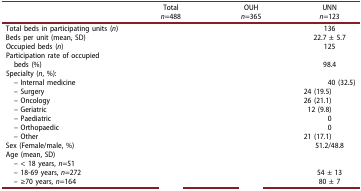
<table><thead><tr><td>[EMPTY_CELL]</td><td><b>Total<i>n</i>=488</b></td><td><b>OUH<i>n</i>=365</b></td><td><b>UNN<i>n</i>=123</b></td></tr></thead><tbody><tr><td>Total beds in participating units (<i>n</i>)</td><td>[EMPTY_CELL]</td><td>[EMPTY_CELL]</td><td>136</td></tr><tr><td>Beds per unit (mean, SD)</td><td>[EMPTY_CELL]</td><td>[EMPTY_CELL]</td><td>22.7 ± 5.7</td></tr><tr><td>Occupied beds (<i>n</i>)</td><td>[EMPTY_CELL]</td><td>[EMPTY_CELL]</td><td>125</td></tr><tr><td>Participation rate of occupied</td><td>[EMPTY_CELL]</td><td>[EMPTY_CELL]</td><td>[EMPTY_CELL]</td></tr><tr><td> beds (%)</td><td>[EMPTY_CELL]</td><td>[EMPTY_CELL]</td><td>98.4</td></tr><tr><td>Specialty (<i>n</i>, %):</td><td>[EMPTY_CELL]</td><td>[EMPTY_CELL]</td><td>[EMPTY_CELL]</td></tr><tr><td> – Internal medicine</td><td>[EMPTY_CELL]</td><td>[EMPTY_CELL]</td><td>40 (32.5)</td></tr><tr><td> – Surgery</td><td>[EMPTY_CELL]</td><td>[EMPTY_CELL]</td><td>24 (19.5)</td></tr><tr><td> – Oncology</td><td>[EMPTY_CELL]</td><td>[EMPTY_CELL]</td><td>26 (21.1)</td></tr><tr><td> – Geriatric</td><td>[EMPTY_CELL]</td><td>[EMPTY_CELL]</td><td>12 (9.8)</td></tr><tr><td> – Paediatric</td><td>[EMPTY_CELL]</td><td>[EMPTY_CELL]</td><td>0</td></tr><tr><td> – Orthopaedic</td><td>[EMPTY_CELL]</td><td>[EMPTY_CELL]</td><td>0</td></tr><tr><td> – Other</td><td>[EMPTY_CELL]</td><td>[EMPTY_CELL]</td><td>21 (17.1)</td></tr><tr><td>Sex (Female/male, %)</td><td>[EMPTY_CELL]</td><td>[EMPTY_CELL]</td><td>51.2/48.8</td></tr><tr><td>Age (mean, SD)</td><td>[EMPTY_CELL]</td><td>[EMPTY_CELL]</td><td>[EMPTY_CELL]</td></tr><tr><td> – &lt; 18 years, <i>n</i>=51</td><td>[EMPTY_CELL]</td><td>[EMPTY_CELL]</td><td>[EMPTY_CELL]</td></tr><tr><td> – 18-69 years, <i>n</i>=272</td><td>[EMPTY_CELL]</td><td>[EMPTY_CELL]</td><td>54 ± 13</td></tr><tr><td> – ≥70 years, <i>n</i>=164</td><td>[EMPTY_CELL]</td><td>[EMPTY_CELL]</td><td>80 ± 7</td></tr></tbody></table>